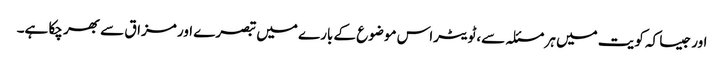
اور جیسا کہ کویت میں ہر مسئلہ سے،ٹویٹراس موضوع کے بارے میں تبصرے اور مزاق سے بھر چکا ہے۔